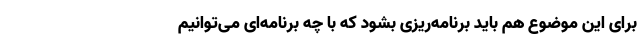
برای این موضوع هم باید برنامه‌ریزی بشود که با چه برنامه‌ای می‌توانیم